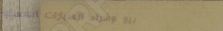
بيع وشراء السيارات المستع